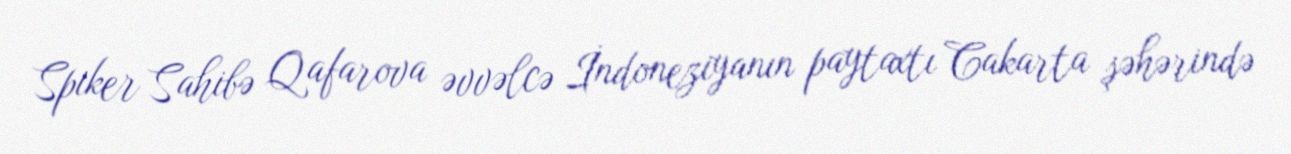
Spiker Sahibə Qafarova əvvəlcə İndoneziyanın paytaxtı Cakarta şəhərində